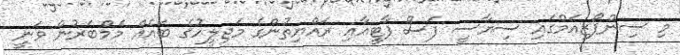
މި ސިންޕޯޒިއަމްގައި ސިޔާސީ ފަސް ޕާޓީއާއި ރައްޔިތުންގެ މަޖިލީހުގެ ބައެއް މެމްބަރުން ވަނީ